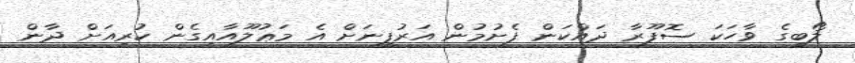
ލޯބީގެ ވާހަކަ ސޮފޫރާ ދައްކަން ފެށުމުން އަރުފީނަށް އެ މަޢުލޫއާއިގެން ކުރިއަށް ދާން